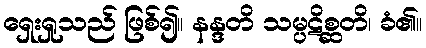
ရှေးရှုသည် ဖြစ်၍။ နန္ဒတိ သမ္ပဋိစ္ဆတိ၊ ခံ၏။